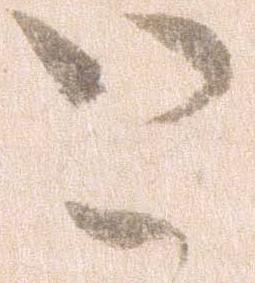
と